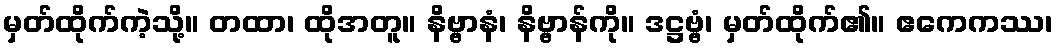
မှတ်ထိုက်ကဲ့သို့။ တထာ၊ ထိုအတူ။ နိဗ္ဗာနံ၊ နိဗ္ဗာန်ကို။ ဒဋ္ဌဗ္ဗံ၊ မှတ်ထိုက်၏။ ဧကေကဿ၊